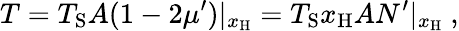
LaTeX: T=T_{\mathrm{S}}A(1-2\mu^{\prime})|_{x_{\mathrm{H}}}=T_{\mathrm{S}}x_{\mathrm{H}}AN^{\prime}|_{x_{\mathrm{H}}}\ ,